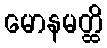
မောနမတ္ထိ